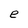
Character: e